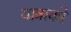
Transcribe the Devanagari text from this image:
यात्राको